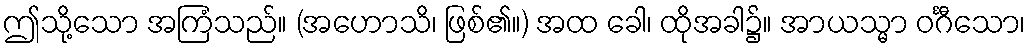
ဤသို့သော အကြံသည်။ (အဟောသိ၊ ဖြစ်၏။) အထ ခေါ၊ ထိုအခါ၌။ အာယသ္မာ ဝင်္ဂီသော၊